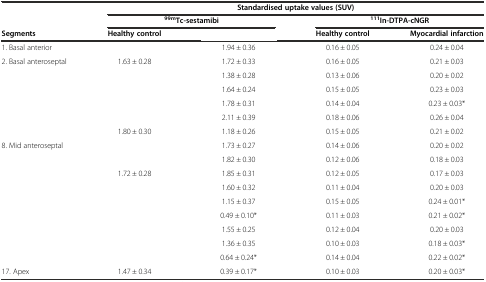
<table><thead><tr><td rowspan="2">[EMPTY_CELL]</td><td colspan="4"><b>Standardised uptake values (SUV)</b></td></tr><tr><td colspan="2"><b><sup>99m</sup>Tc-sestamibi</b></td><td colspan="2"><b><sup>111</sup>In-DTPA-cNGR</b></td></tr><tr><td><b>Segments</b></td><td><b>Healthy control</b></td><td>[EMPTY_CELL]</td><td><b>Healthy control</b></td><td><b>Myocardial infarction</b></td></tr></thead><tbody><tr><td>1. Basal anterior</td><td>[EMPTY_CELL]</td><td>1.94 ± 0.36</td><td>0.16 ± 0.05</td><td>0.24 ± 0.04</td></tr><tr><td>2. Basal anteroseptal</td><td>1.63 ± 0.28</td><td>1.72 ± 0.33</td><td>0.16 ± 0.05</td><td>0.21 ± 0.03</td></tr><tr><td>[EMPTY_CELL]</td><td>[EMPTY_CELL]</td><td>1.38 ± 0.28</td><td>0.13 ± 0.06</td><td>0.20 ± 0.02</td></tr><tr><td>[EMPTY_CELL]</td><td>[EMPTY_CELL]</td><td>1.64 ± 0.24</td><td>0.15 ± 0.05</td><td>0.23 ± 0.03</td></tr><tr><td>[EMPTY_CELL]</td><td>[EMPTY_CELL]</td><td>1.78 ± 0.31</td><td>0.14 ± 0.04</td><td>0.23 ± 0.03*</td></tr><tr><td>[EMPTY_CELL]</td><td>[EMPTY_CELL]</td><td>2.11 ± 0.39</td><td>0.18 ± 0.06</td><td>0.26 ± 0.04</td></tr><tr><td>[EMPTY_CELL]</td><td>1.80 ± 0.30</td><td>1.18 ± 0.26</td><td>0.15 ± 0.05</td><td>0.21 ± 0.02</td></tr><tr><td>8. Mid anteroseptal</td><td>[EMPTY_CELL]</td><td>1.73 ± 0.27</td><td>0.14 ± 0.06</td><td>0.20 ± 0.02</td></tr><tr><td>[EMPTY_CELL]</td><td>[EMPTY_CELL]</td><td>1.82 ± 0.30</td><td>0.12 ± 0.06</td><td>0.18 ± 0.03</td></tr><tr><td>[EMPTY_CELL]</td><td>1.72 ± 0.28</td><td>1.85 ± 0.31</td><td>0.12 ± 0.05</td><td>0.17 ± 0.03</td></tr><tr><td>[EMPTY_CELL]</td><td>[EMPTY_CELL]</td><td>1.60 ± 0.32</td><td>0.11 ± 0.04</td><td>0.20 ± 0.03</td></tr><tr><td>[EMPTY_CELL]</td><td>[EMPTY_CELL]</td><td>1.15 ± 0.37</td><td>0.15 ± 0.05</td><td>0.24 ± 0.01*</td></tr><tr><td>[EMPTY_CELL]</td><td>[EMPTY_CELL]</td><td>0.49 ± 0.10*</td><td>0.11 ± 0.03</td><td>0.21 ± 0.02*</td></tr><tr><td>[EMPTY_CELL]</td><td>[EMPTY_CELL]</td><td>1.55 ± 0.25</td><td>0.12 ± 0.04</td><td>0.20 ± 0.03</td></tr><tr><td>[EMPTY_CELL]</td><td>[EMPTY_CELL]</td><td>1.36 ± 0.35</td><td>0.10 ± 0.03</td><td>0.18 ± 0.03*</td></tr><tr><td>[EMPTY_CELL]</td><td>[EMPTY_CELL]</td><td>0.64 ± 0.24*</td><td>0.14 ± 0.04</td><td>0.22 ± 0.02*</td></tr><tr><td>17. Apex</td><td>1.47 ± 0.34</td><td>0.39 ± 0.17*</td><td>0.10 ± 0.03</td><td>0.20 ± 0.03*</td></tr></tbody></table>